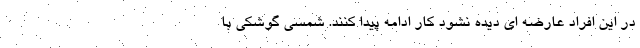
در این افراد عارضه ای دیده نشود کار ادامه پیدا کنند. شمسی گوشکی با